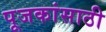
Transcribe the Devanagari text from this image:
पूजकांसाठी